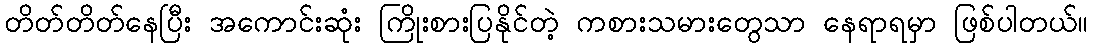
တိတ်တိတ်နေပြီး အကောင်းဆုံး ကြိုးစားပြနိုင်တဲ့ ကစားသမားတွေသာ နေရာရမှာ ဖြစ်ပါတယ်။